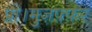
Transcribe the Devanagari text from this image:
प्रो।मुज़फ़्फ़र